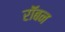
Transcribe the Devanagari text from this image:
रॉबन